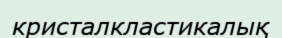
кристалкластикалық